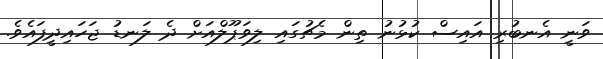
ވަނީ އެނބުރި އައިސް ކުޅުނު ތިން މެޗުގައި ލިވަޕޫލްއަށް ދެ ލަނޑު ޖަހައިދީފައެވެ.